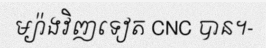
ម្យ៉ាងវិញទៀត CNC បាន។-